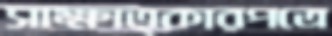
সাক্ষাত্কারপত্রে